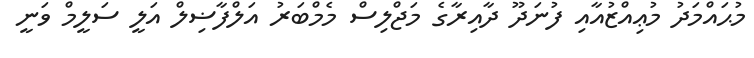
މުޙައްމަދު މުޢިއްޒުއާއި ފުނަދޫ ދާއިރާގެ މަޖްލިސް މެމްބަރު އަލްފާޟިލް އަލީ ސަލީމް ވަނީ